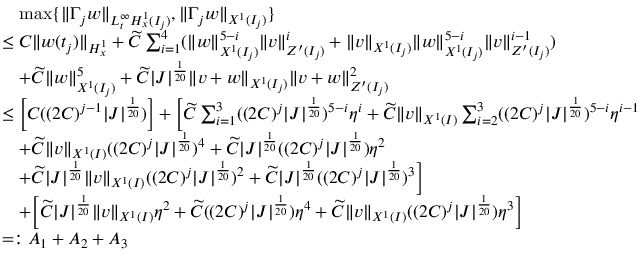
\begin{array} { r l } & { \quad \operatorname* { m a x } \{ \| \Gamma _ { j } w \| _ { L _ { t } ^ { \infty } H _ { x } ^ { 1 } ( I _ { j } ) } , \| \Gamma _ { j } w \| _ { X ^ { 1 } ( I _ { j } ) } \} } \\ & { \leq C \| w ( t _ { j } ) \| _ { H _ { x } ^ { 1 } } + \widetilde { C } \sum _ { i = 1 } ^ { 4 } ( \| w \| _ { X ^ { 1 } ( I _ { j } ) } ^ { 5 - i } \| v \| _ { Z ^ { \prime } ( I _ { j } ) } ^ { i } + \| v \| _ { X ^ { 1 } ( I _ { j } ) } \| w \| _ { X ^ { 1 } ( I _ { j } ) } ^ { 5 - i } \| v \| _ { Z ^ { \prime } ( I _ { j } ) } ^ { i - 1 } ) } \\ & { \quad + \widetilde { C } \| w \| _ { X ^ { 1 } ( I _ { j } ) } ^ { 5 } + \widetilde { C } | J | ^ { \frac { 1 } { 2 0 } } \| v + w \| _ { X ^ { 1 } ( I _ { j } ) } \| v + w \| _ { Z ^ { \prime } ( I _ { j } ) } ^ { 2 } } \\ & { \leq \Big [ C ( ( 2 C ) ^ { j - 1 } | J | ^ { \frac { 1 } { 2 0 } } ) \Big ] + \Big [ \widetilde { C } \sum _ { i = 1 } ^ { 3 } ( ( 2 C ) ^ { j } | J | ^ { \frac { 1 } { 2 0 } } ) ^ { 5 - i } \eta ^ { i } + \widetilde { C } \| v \| _ { X ^ { 1 } ( I ) } \sum _ { i = 2 } ^ { 3 } ( ( 2 C ) ^ { j } | J | ^ { \frac { 1 } { 2 0 } } ) ^ { 5 - i } \eta ^ { i - 1 } } \\ & { \quad + \widetilde { C } \| v \| _ { X ^ { 1 } ( I ) } ( ( 2 C ) ^ { j } | J | ^ { \frac { 1 } { 2 0 } } ) ^ { 4 } + \widetilde { C } | J | ^ { \frac { 1 } { 2 0 } } ( ( 2 C ) ^ { j } | J | ^ { \frac { 1 } { 2 0 } } ) \eta ^ { 2 } } \\ & { \quad + \widetilde { C } | J | ^ { \frac { 1 } { 2 0 } } \| v \| _ { X ^ { 1 } ( I ) } ( ( 2 C ) ^ { j } | J | ^ { \frac { 1 } { 2 0 } } ) ^ { 2 } + \widetilde { C } | J | ^ { \frac { 1 } { 2 0 } } ( ( 2 C ) ^ { j } | J | ^ { \frac { 1 } { 2 0 } } ) ^ { 3 } \Big ] } \\ & { \quad + \Big [ \widetilde { C } | J | ^ { \frac { 1 } { 2 0 } } \| v \| _ { X ^ { 1 } ( I ) } \eta ^ { 2 } + \widetilde { C } ( ( 2 C ) ^ { j } | J | ^ { \frac { 1 } { 2 0 } } ) \eta ^ { 4 } + \widetilde { C } \| v \| _ { X ^ { 1 } ( I ) } ( ( 2 C ) ^ { j } | J | ^ { \frac { 1 } { 2 0 } } ) \eta ^ { 3 } \Big ] } \\ & { = : A _ { 1 } + A _ { 2 } + A _ { 3 } } \end{array}